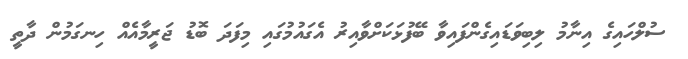
ސުލްހައިގެ އިނާމު ލިބިވަޑައިގެންފައިވާ ބޭފުޅަކަށްވާއިރު އެގައުމުގައި މިފަދަ ބޮޑު ޖަރީމާއެއް ހިނގަމުން ދާތީ